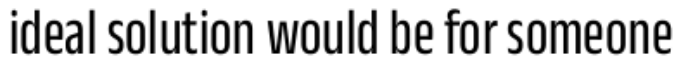
ideal solution would be for someone